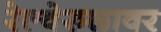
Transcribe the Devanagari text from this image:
रेल्वेरुळावर